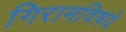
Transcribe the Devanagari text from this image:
गिरामविषये